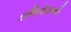
ઇલિનોઇસની